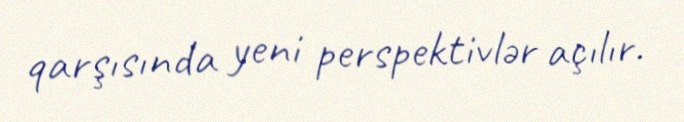
qarşısında yeni perspektivlər açılır.